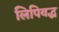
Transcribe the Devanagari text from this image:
लिपिवद्ध